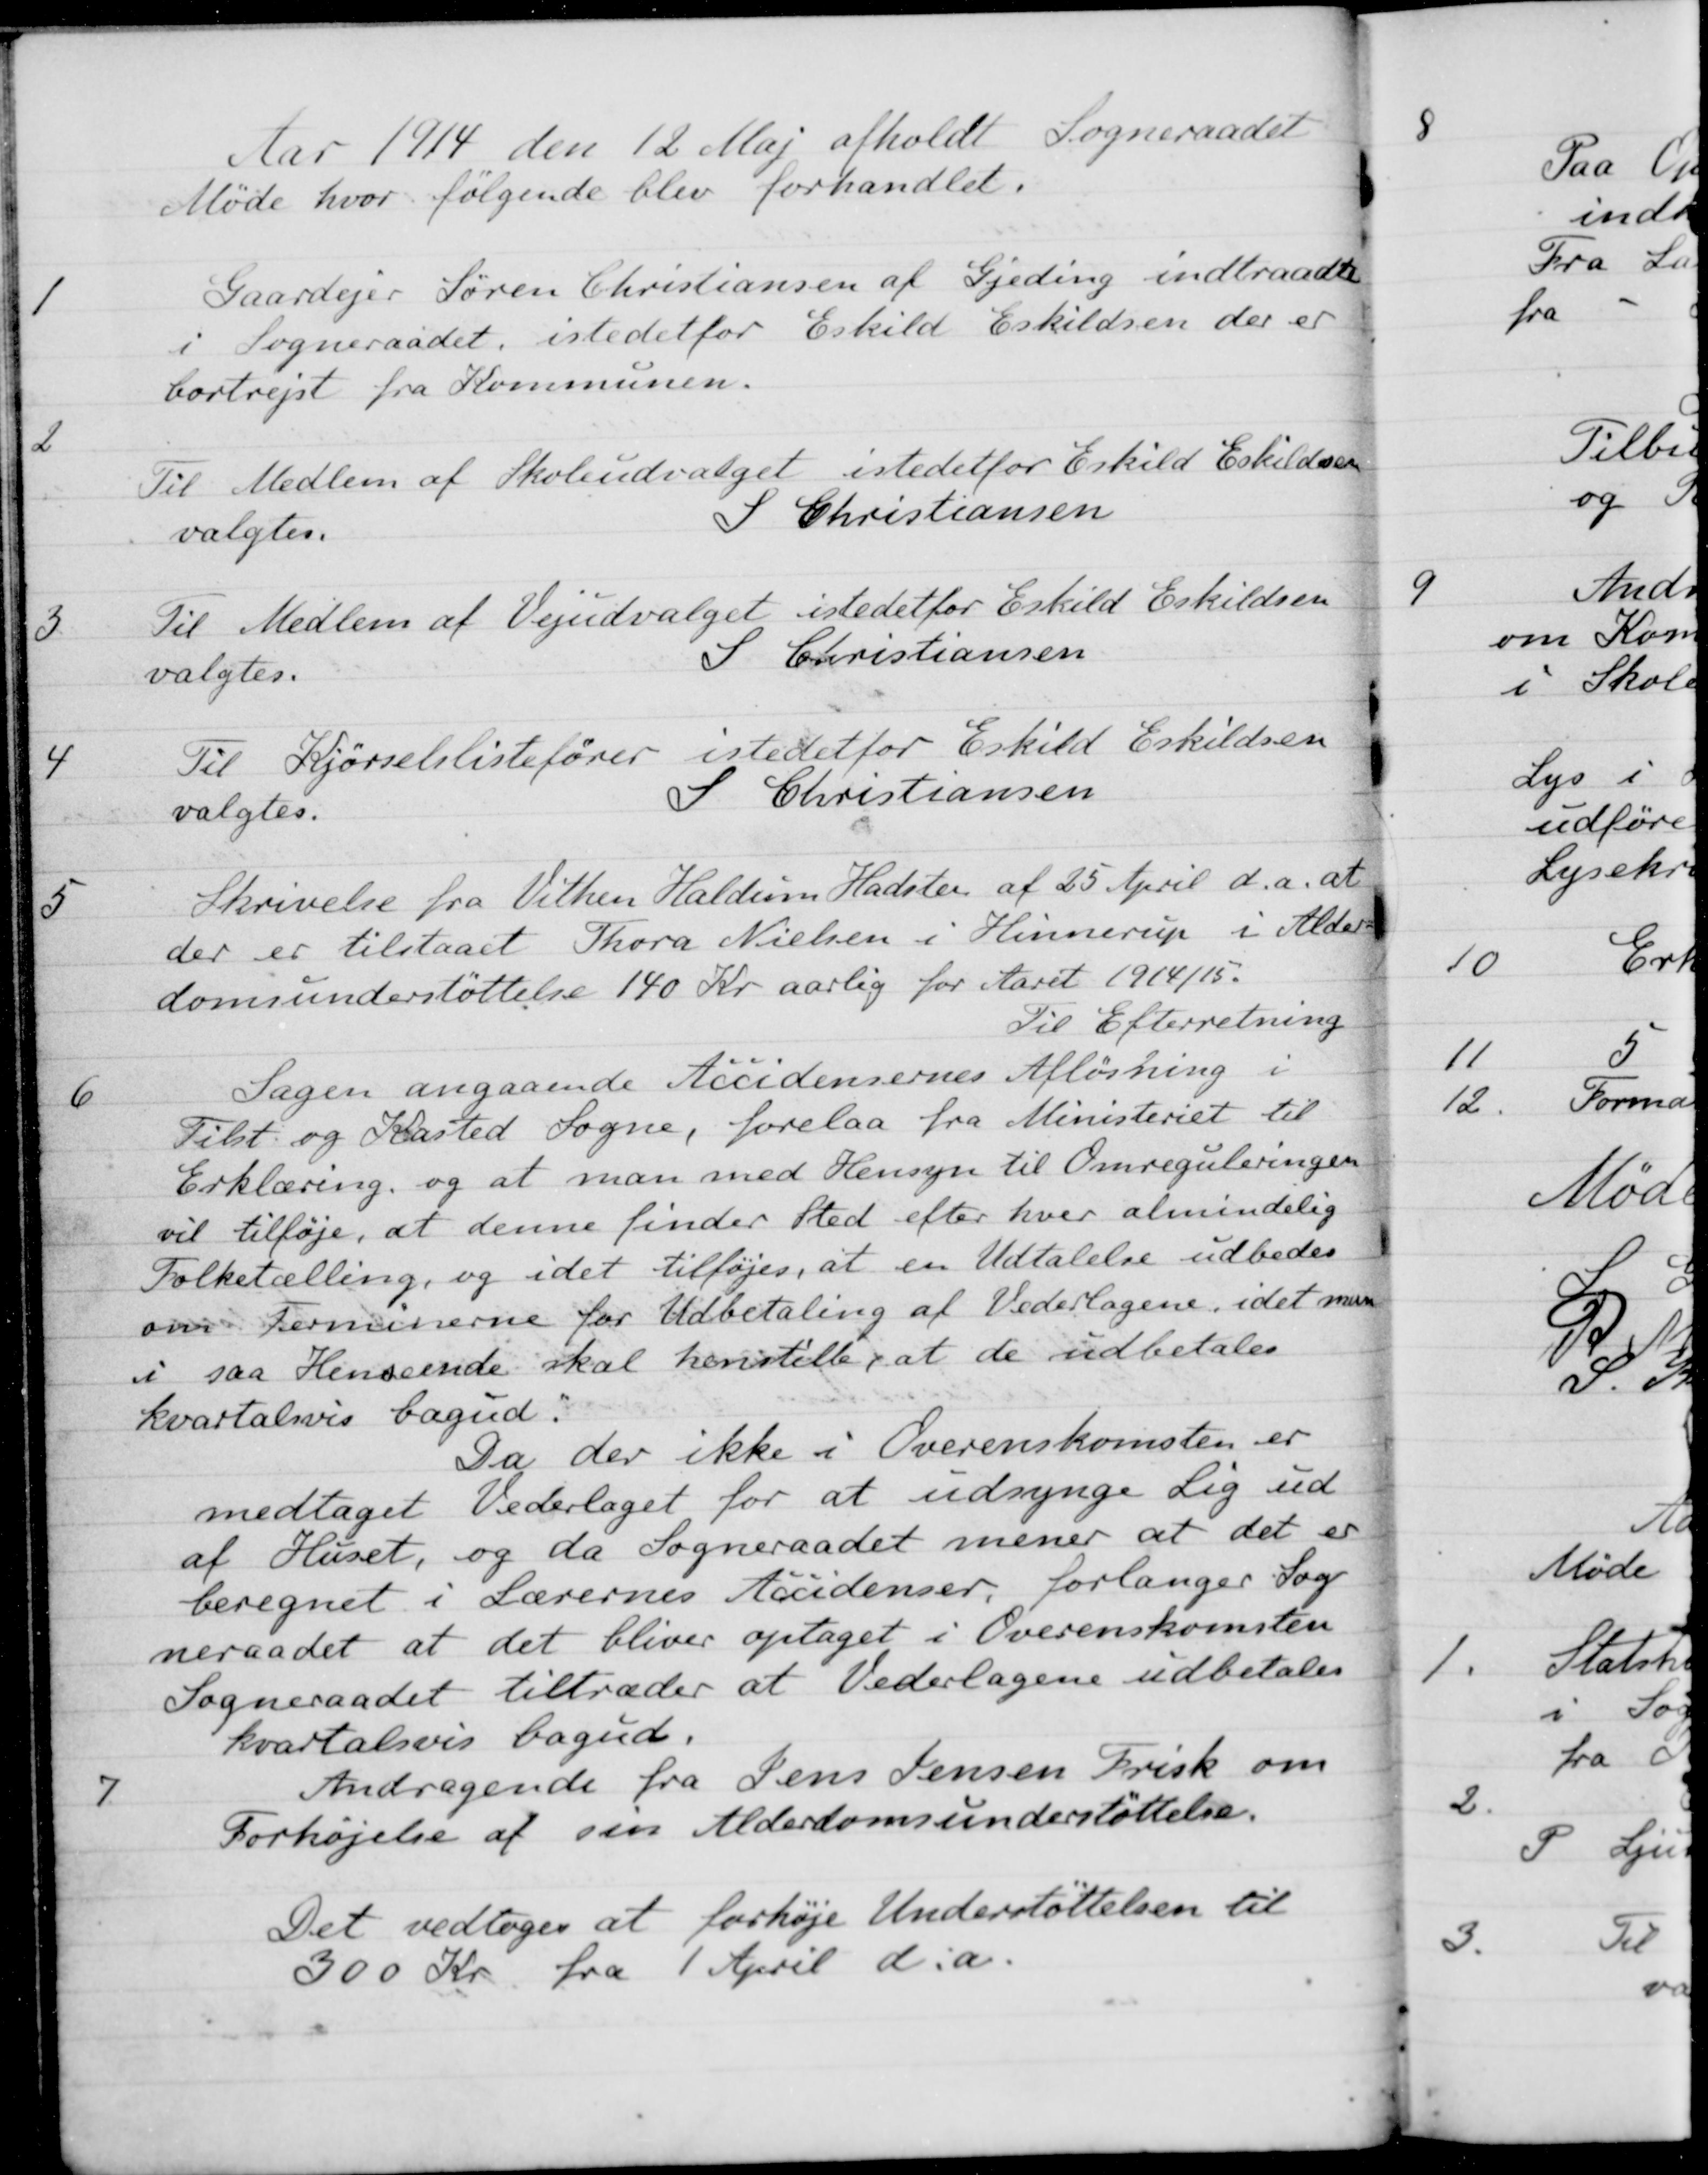
Transskription:
Aar 1914 den 12 Maj afholdt Sogneraadet
Møde hvor følgende blev forhandlet.
1
Gaardejer Søren Christiansen af Gjeding indtraadte
i Sogneraadet, istedetfor Eskild Eskildsen der er
bortrejst fra Kommunen.
2
Til Medlem af Skoleudvalget istedetfor Eskild Eskildsen
valgtes.
S Christiansen
5
Til Medlem af Vejudvalget istedetfor Eskild Eskildsen
valgtes.
S Christiansen
4
Til Kjørselslistefører istedetfor Eskild Eskildsen.
valgtes.
S Christiansen
5
Skrivelse fra Vithen Haldum Hadsten af 25 April d.a. at
der er tilstaaet Thora Nielsen i Hinnerup i Alder-
domsunderstøttelse 140 Kr aarlig for Aaret 1914/15.
Til Efterretning
6
Sagen angaaende Accidensernes Afløsning i
Tilst og Kasted Sogne, forelaa fra Ministeriet til
Erklæring, og at man med Hensyn til Omreguleringen
vil tilføje, at denne finder Sted efter hver almindelig
Folketælling, og idet tilføjes, at en Udtalelse udbedes
om Terminerne for Udbetaling af Vederlagene, idet man
i saa Henseende skal henstille, at de udbetales
kvartalsvis bagud:
Da der ikke i Overenskomsten er
medtaget Vederlaget for at udsynge Lig ud
af Huset, og da Sogneraadet mener at det er
beregnet i Lærernes Accidenser, forlanger Sog-
neraadet at det bliver optaget i Overenskomsten
Sogneraadet tiltræder at Vederlagene udbetales
kvartalsvis bagud.
7.
Andragende fra Jens Jensen Frisk om
Forhøjelse af sin Alderdomsunderstøttelse.
Det vedtoges at forhøje Understøttelsen til
300 Kr. fra 1 April d.a.